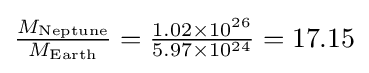
{\tfrac {M_{\text{Neptune}}}{M_{\text{Earth}}}}={\tfrac {1.02\times 10^{26}}{5.97\times 10^{24}}}=17.15